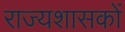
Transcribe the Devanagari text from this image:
राज्यशासकों